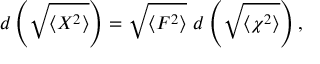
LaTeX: d \left( \sqrt { \langle X ^ { 2 } \rangle } \right) = \sqrt { \langle F ^ { 2 } \rangle } ~ d \left( \sqrt { \langle \chi ^ { 2 } \rangle } \right) ,